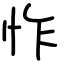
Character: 怍